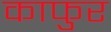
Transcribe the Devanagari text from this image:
काफुर